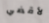
لأقضي